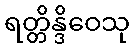
ရတ္တိန္ဒိဝေသု